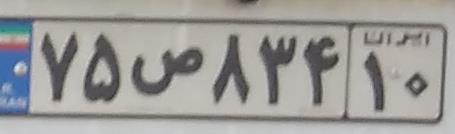
۷۵ص۸۳۴۱۰